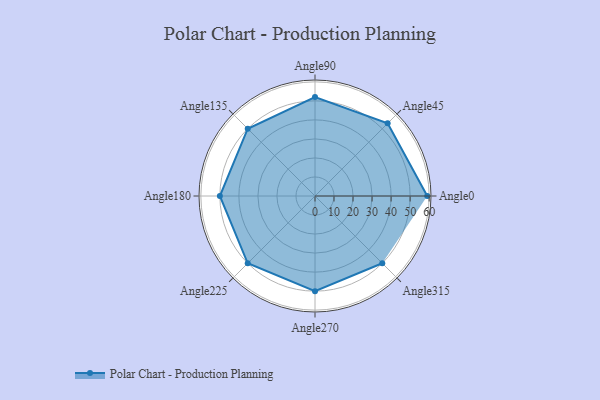
{"axis": {"x": "Angle", "y": "Radius"}, "legend": [""], "data": [{"x": "Angle0", "y": 59.0, "type": ""}, {"x": "Angle45", "y": 54.0, "type": ""}, {"x": "Angle90", "y": 52.0, "type": ""}, {"x": "Angle135", "y": 50, "type": ""}, {"x": "Angle180", "y": 50, "type": ""}, {"x": "Angle225", "y": 50, "type": ""}, {"x": "Angle270", "y": 50, "type": ""}, {"x": "Angle315", "y": 50, "type": ""}]}